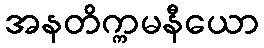
အနတိက္ကမနီယော